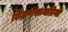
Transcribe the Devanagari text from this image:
शिक्षणसामग्रियों